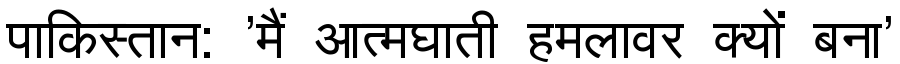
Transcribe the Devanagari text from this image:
पाकिस्तान: 'मैं आत्मघाती हमलावर क्यों बना'